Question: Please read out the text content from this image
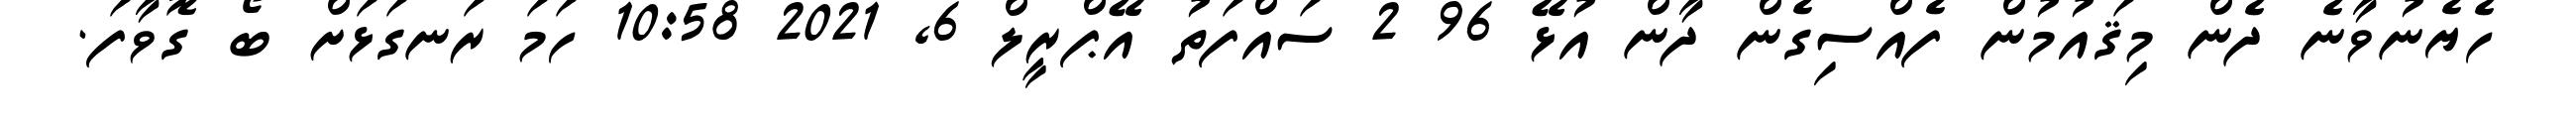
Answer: ހެޔެނުވާނެ ދެން މިޤައުމުން ފެއްސިގެން ދާން އުޅޭ 96 2 ސައްފަތު އޭޕްރީލް 6, 2021 10:58 ހަމަ ރަނގަޅަށް ބޯ ގޮވާފަ.